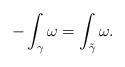
LaTeX: \begin{align*}-\int_{\gamma} \omega = \int_{\tilde{\gamma}} \omega.\end{align*}